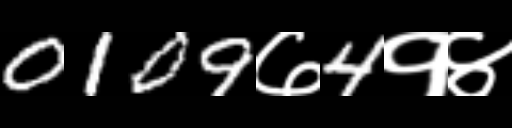
Text: 0109७4१४